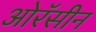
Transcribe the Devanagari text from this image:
ओरॅसीन